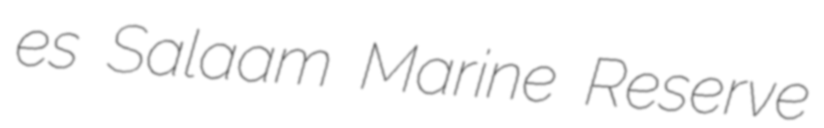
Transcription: es Salaam Marine Reserve